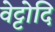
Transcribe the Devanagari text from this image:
वेट्टोदि